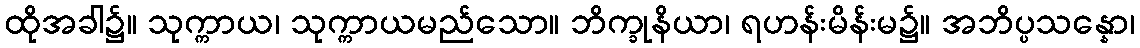
ထိုအခါ၌။ သုက္ကာယ၊ သုက္ကာယမည်သော။ ဘိက္ခုနိယာ၊ ရဟန်းမိန်းမ၌။ အဘိပ္ပသန္နော၊